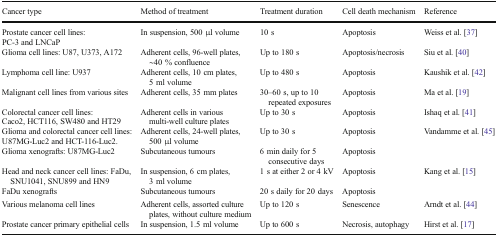
| Cancer type | Method of treatment | Treatment duration | Cell death mechanism | Reference |
 | --- | --- | --- | --- | --- |
 | Prostate cancer cell lines:PC-3 and LNCaP | In suspension, 500 μl volume | 10 s | Apoptosis | Weiss et al. [37] |
 | Glioma cell lines: U87, U373, A172 | Adherent cells, 96-well plates, ∼40 % confluence | Up to 180 s | Apoptosis/necrosis | Siu et al. [40] |
 | Lymphoma cell line: U937 | Adherent cells, 10 cm plates, 5 ml volume | Up to 480 s | Apoptosis | Kaushik et al. [42] |
 | Malignant cell lines from various sites | Adherent cells, 35 mm plates | 30–60 s, up to 10 repeated exposures | Apoptosis | Ma et al. [19] |
 | Colorectal cancer cell lines:Caco2, HCT116, SW480 and HT29 | Adherent cells in various multi-well culture plates | Up to 30 s | Apoptosis | Ishaq et al. [41] |
 | Glioma and colorectal cancer cell lines:U87MG-Luc2 and HCT-116-Luc2. | Adherent cells, 24-well plates, 500 μl volume | Up to 30 s | Apoptosis | <ROWSPAN=2> Vandamme et al. [45] |
 | Glioma xenografts: U87MG-Luc2 | Subcutaneous tumours | 6 min daily for 5 consecutive days | Apoptosis |
 | Head and neck cancer cell lines: FaDu, SNU1041, SNU899 and HN9 | In suspension, 6 cm plates, 3 ml volume | 1 s at either 2 or 4 kV | Apoptosis | <ROWSPAN=2> Kang et al. [15] |
 | FaDu xenografts | Subcutaneous tumours | 20 s daily for 20 days | Apoptosis |
 | Various melanoma cell lines | Adherent cells, assorted culture plates, without culture medium | Up to 120 s | Senescence | Arndt et al. [44] |
 | Prostate cancer primary epithelial cells | In suspension, 1.5 ml volume | Up to 600 s | Necrosis, autophagy | Hirst et al. [17] |